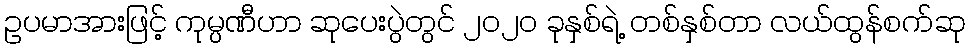
ဥပမာအားဖြင့် ကုမ္ပဏီဟာ ဆုပေးပွဲတွင် ၂၀၂၀ ခုနှစ်ရဲ့ တစ်နှစ်တာ လယ်ထွန်စက်ဆု